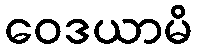
ဝေဒယာမိ